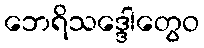
ဘေရိသဒ္ဒေါတွေဝ